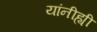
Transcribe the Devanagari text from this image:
यांनीह्यी